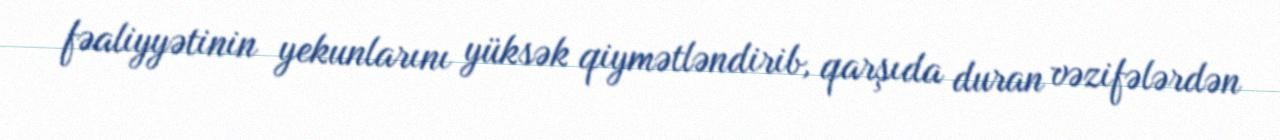
fəaliyyətinin yekunlarını yüksək qiymətləndirib, qarşıda duran vəzifələrdən